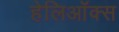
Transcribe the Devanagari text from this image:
हेलिऑक्स